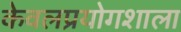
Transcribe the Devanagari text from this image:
केवलप्रयोगशाला